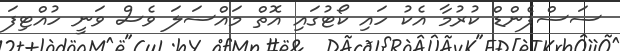
ސަސްޕެންޑް ކުރުމާ އެކު ހައި ކޯޓުގައި އޮތް މައްސަލަ ވެސް ވަނީ ހުއްޓިފަ